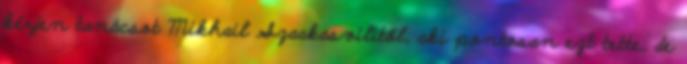
kérjen tanácsot Mikhail Szaakasvilitől, aki pontosan ezt tette, de